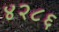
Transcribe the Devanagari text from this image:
४२८६